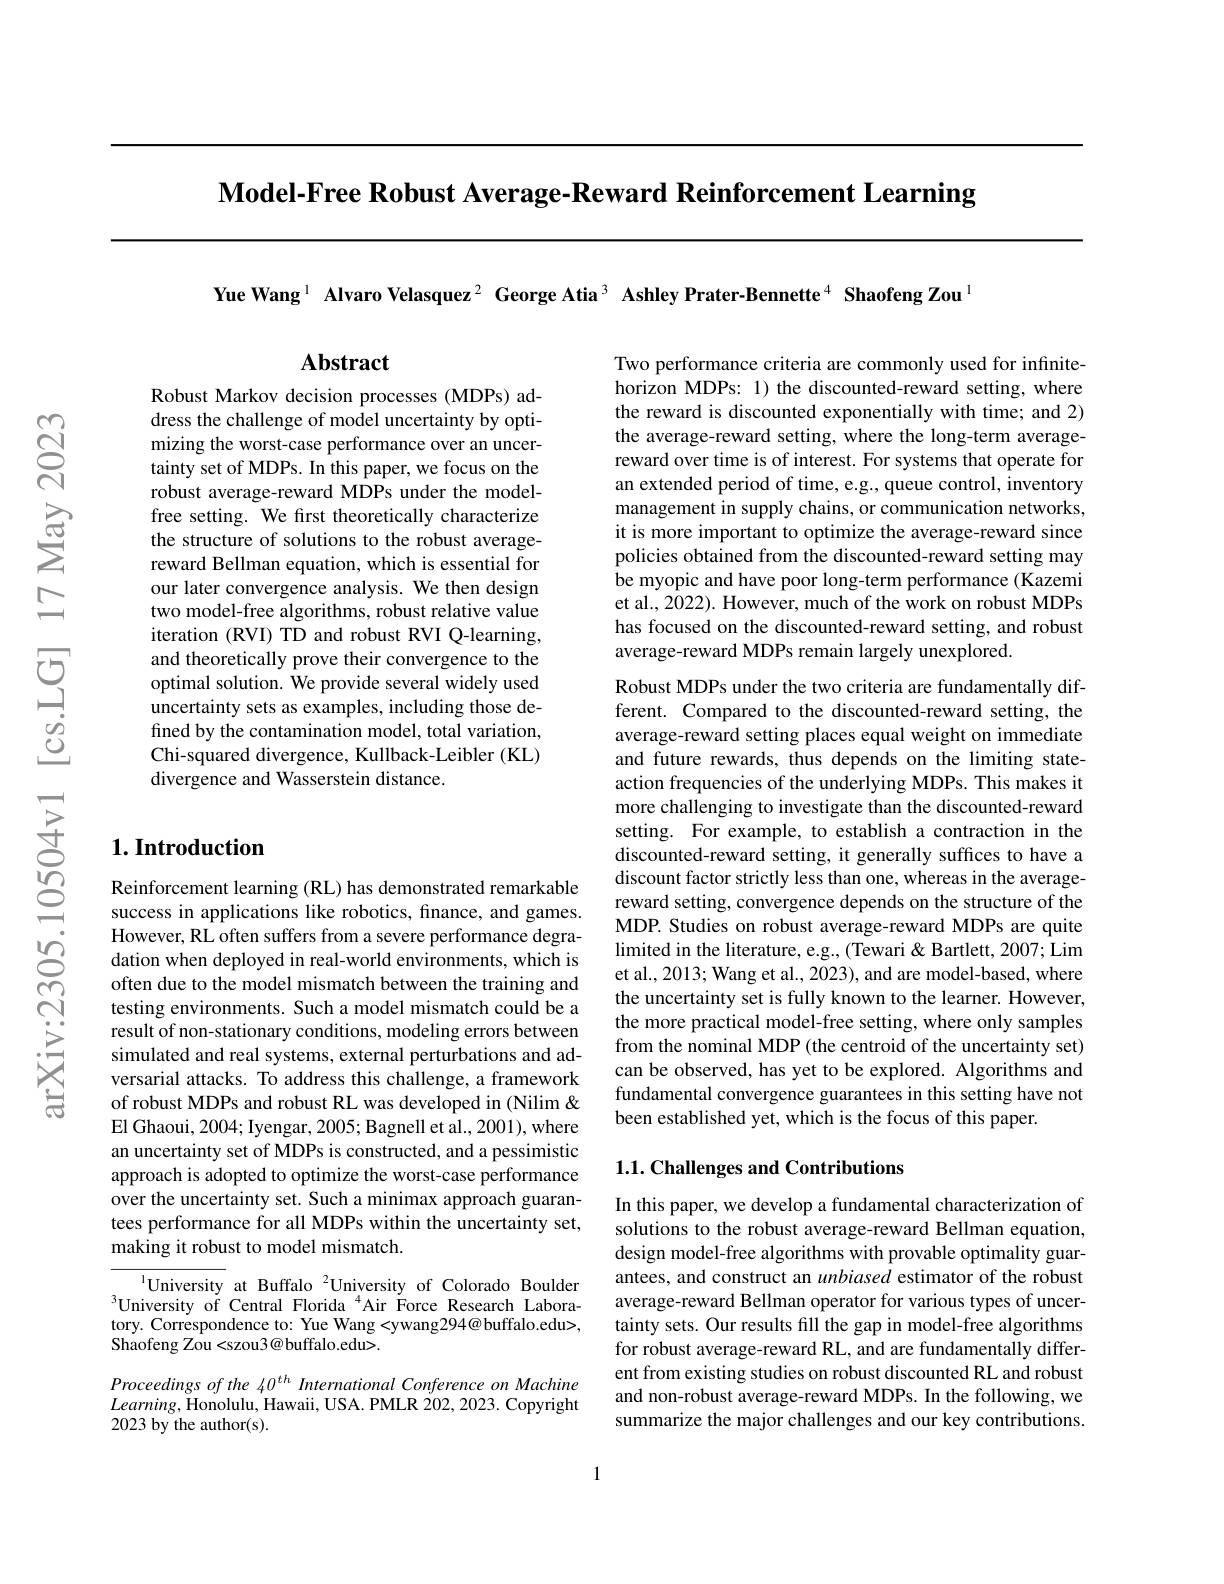
$\textbf{Model- Free Robust Average- Reward Reinforcement Learning}$

Yue Wang $^1\textbf{ Alvaro Velasquez}^2\textbf{ George Atia}^3$ Ashley Prater-Bennette$^4\textbf{ Shaofeng Zou}^{1}$

$\mathbf{Abstract}$

Two performance criteria are commonly used for infinitehorizon MDPs: 1) the discounted-reward setting, where the reward is discounted exponentially with time; and 2) the average-reward setting, where the long-term averagereward over time is of interest. For systems that operate for an extended period of time, e.g., queue control, inventory management in supply chains, or communication networks, it is more important to optimize the average-reward since policies obtained from the discounted-reward setting may be myopic and have poor long-term performance (Kazemi et al., 2022). However, much of the work on robust MDPs has focused on the discounted-reward setting, and robust average-reward MDPs remain largely unexplored.
Robust MDPs under the two criteria are fundamentally dif-

Robust Markov decision processes (MDPs) address the challenge of model uncertainty by optimizing the worst-case performance over an uncertainty set of MDPs. In this paper, we focus on the robust average-reward MDPs under the modelfree setting. We frst theoretically characterize the structure of solutions to the robust averagereward Bellman equation, which is essential for our later convergence analysis. We then design two model-free algorithms, robust relative value iteration (RVI) TD and robust RVI Q-learning, and theoretically prove their convergence to the optimal solution. We provide several widely used uncertainty sets as examples, including those defined by the contamination model, total variation, Chi-squared divergence, Kullback-Leibler (KL) divergence and Wasserstein distance.

ferent. Compared to the discounted-reward setting, the average-reward setting places equal weight on immediate and future rewards, thus depends on the limiting stateaction frequencies of the underlying MDPs. This makes it more challenging to investigate than the discounted-reward setting. For example, to establish a contraction in the discounted-reward setting, it generally suffices to have a discount factor strictly less than one, whereas in the averagereward setting, convergence depends on the structure of the MDP. Studies on robust average-reward MDPs are quite limited in the literature, e.g., (Tewari & Bartlett, 2007; Lim et al., 2013; Wang et al., 2023), and are model-based, where the uncertainty set is fully known to the learner. However, the more practical model-free setting, where only samples from the nominal MDP (the centroid of the uncertainty set) can be observed, has yet to be explored. Algorithms and fundamental convergence guarantees in this setting have not been established yet, which is the focus of this paper.

## $1. \textbf{Introduction}$

Reinforcement learning (RL) has demonstrated remarkable success in applications like robotics, finance, and games. However, RL often suffers from a severe performance degradation when deployed in real-world environments, which is often due to the model mismatch between the training and testing environments. Such a model mismatch could be a result of non-stationary conditions, modeling errors between simulated and real systems, external perturbations and adversarial attacks. To address this challenge, a framework of robust MDPs and robust RL was developed in (Nilim & El Ghaoui, 2004; Iyengar, 2005; Bagnell et al., 2001), where an uncertainty set of MDPs is constructed, and a pessimistic approach is adopted to optimize the worst-case performance over the uncertainty set. Such a minimax approach guarantees performance for all MDPs within the uncertainty set, making it robust to model mismatch.

## 1.1. Challenges and Contributions

In this paper, we develop a fundamental characterization of solutions to the robust average-reward Bellman equation, design model-free algorithms with provable optimality guarantees, and construct an unbiased estimator of the robust average-reward Bellman operator for various types of uncertainty sets. Our results fill the gap in model-free algorithms for robust average-reward RL, and are fundamentally different from existing studies on robust discounted RL and robust and non-robust average-reward MDPs. In the following, we summarize the major challenges and our key contributions.

$^{1}$University at Buffalo$^{2}$University of Colorado Boulder $^{3}$University of Central Florida $^{4}$Air Force Research Laboratory. Correspondence to: Yue Wang <ywang294@buffalo.edu>, Shaofeng Zou <szou3@buffalo.edu>.

Proceedings of the 40$^{th}$ International Conference on Machine $Learning$,Honolulu, Hawaii, USA. PMLR 202,2023. Copyright 2023 by the author(s).

1